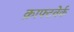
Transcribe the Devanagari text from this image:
क्राफ्टवेर्क